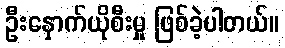
ဦးနှောက်ယိုစီးမှု ဖြစ်ခဲ့ပါတယ်။